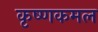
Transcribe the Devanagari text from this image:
कृष्णकमल